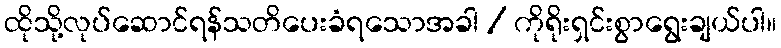
ထိုသို့လုပ်ဆောင်ရန်သတိပေးခံရသောအခါ / ကိုရိုးရှင်းစွာရွေးချယ်ပါ။